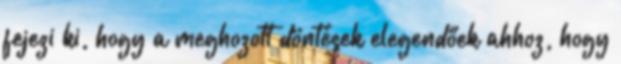
fejezi ki, hogy a meghozott döntések elegendőek ahhoz, hogy